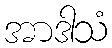
အာဒါသံ